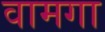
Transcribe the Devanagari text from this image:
वामगा